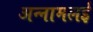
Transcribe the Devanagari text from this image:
अन्‍नामलई